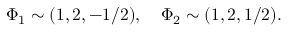
\Phi _ { 1 } \sim ( 1 , 2 , - 1 / 2 ) , ~ ~ ~ \Phi _ { 2 } \sim ( 1 , 2 , 1 / 2 ) .